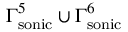
\Gamma _ { \mathrm { s o n i c } } ^ { 5 } \cup \Gamma _ { \mathrm { s o n i c } } ^ { 6 }